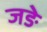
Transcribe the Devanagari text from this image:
जङे